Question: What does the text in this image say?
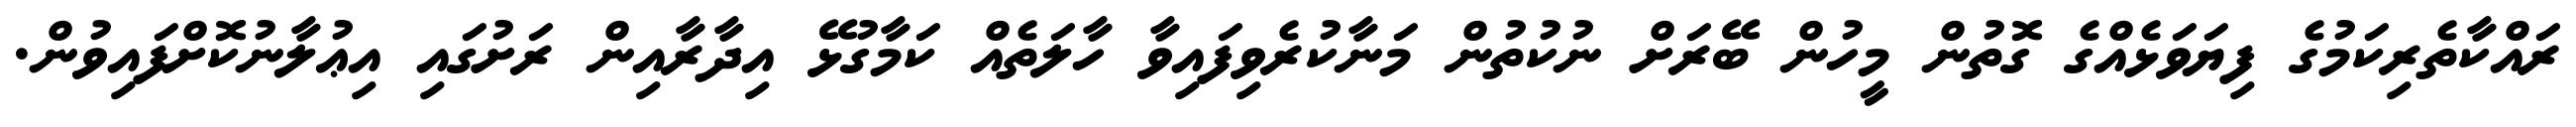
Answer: ރައްކާތެރިކަމުގެ ފިޔަވަޅެއްގެ ގޮތުން މީހުން ބޭރަށް ނުކުތުން މަނާކުރެވިފައިވާ ހާލަތެއް ކަމާގުޅޭ އިދާރާއިން ރަށުގައި އިޢުލާނުކޮށްފައިވުން.